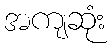
အကျဆုံး